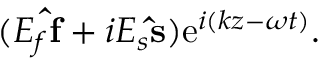
( E _ { f } \mathbf { \hat { f } } + i E _ { s } \mathbf { \hat { s } } ) \mathrm { e } ^ { i ( k z - \omega t ) } .